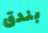
بندق